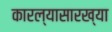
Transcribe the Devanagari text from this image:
कारल्यासारख्या